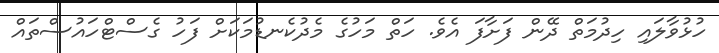
ހުޅުވާލައި ހިދުމަތް ދޭން ފަށާފަ އެވެ. ހަތް މަހުގެ މެދުކެނޑުމަކަށް ފަހު ގެސްޓްހައުސްތައް